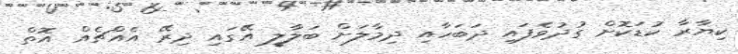
ކިޔާރާ ކުޑަކޮށް ގުދުވެފައި ދަބަހާއި ދިމާލަށް ބަލާލީ އޭގައި ދިރޭ އެއްޗެއް އޮތް